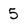
Character: 5